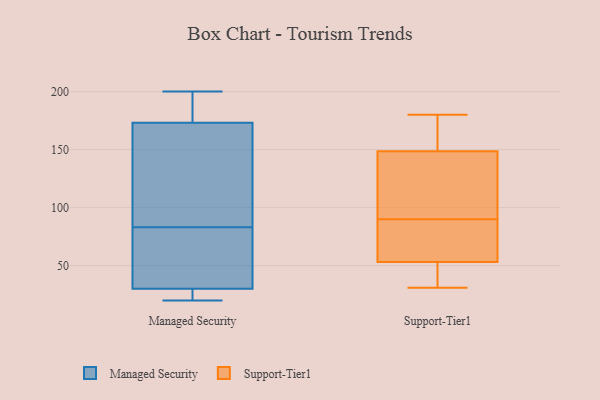
{"axis": {"x": "Satisfaction Score", "y": "Value"}, "legend": ["Managed Security", "Support-Tier1"], "data": [{"x": "", "y": 147, "type": "Managed Security"}, {"x": "", "y": 20, "type": "Managed Security"}, {"x": "", "y": 29, "type": "Managed Security"}, {"x": "", "y": 83, "type": "Managed Security"}, {"x": "", "y": 23, "type": "Managed Security"}, {"x": "", "y": 182, "type": "Managed Security"}, {"x": "", "y": 183, "type": "Managed Security"}, {"x": "", "y": 33, "type": "Managed Security"}, {"x": "", "y": 200, "type": "Managed Security"}, {"x": "", "y": 97, "type": "Managed Security"}, {"x": "", "y": 83, "type": "Managed Security"}, {"x": "", "y": 82, "type": "Support-Tier1"}, {"x": "", "y": 135, "type": "Support-Tier1"}, {"x": "", "y": 42, "type": "Support-Tier1"}, {"x": "", "y": 79, "type": "Support-Tier1"}, {"x": "", "y": 48, "type": "Support-Tier1"}, {"x": "", "y": 170, "type": "Support-Tier1"}, {"x": "", "y": 159, "type": "Support-Tier1"}, {"x": "", "y": 31, "type": "Support-Tier1"}, {"x": "", "y": 111, "type": "Support-Tier1"}, {"x": "", "y": 147, "type": "Support-Tier1"}, {"x": "", "y": 180, "type": "Support-Tier1"}, {"x": "", "y": 172, "type": "Support-Tier1"}, {"x": "", "y": 93, "type": "Support-Tier1"}, {"x": "", "y": 149, "type": "Support-Tier1"}, {"x": "", "y": 90, "type": "Support-Tier1"}, {"x": "", "y": 60, "type": "Support-Tier1"}, {"x": "", "y": 53, "type": "Support-Tier1"}, {"x": "", "y": 53, "type": "Support-Tier1"}, {"x": "", "y": 46, "type": "Support-Tier1"}]}